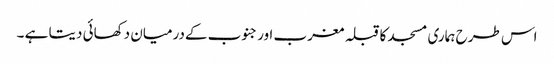
اس طرح ہماری مسجد کاقبلہ مغرب اورجنوب کےدرمیان دکھائی دیتا ہے ۔